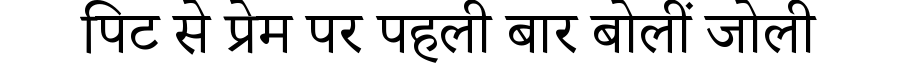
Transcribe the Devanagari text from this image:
पिट से प्रेम पर पहली बार बोलीं जोली